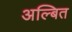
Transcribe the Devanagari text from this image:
अल्बित